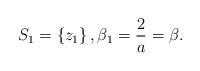
LaTeX: \begin{align*}S_1=\left\{z_1\right\}, \beta_1=\frac{2}{a}=\beta.\end{align*}